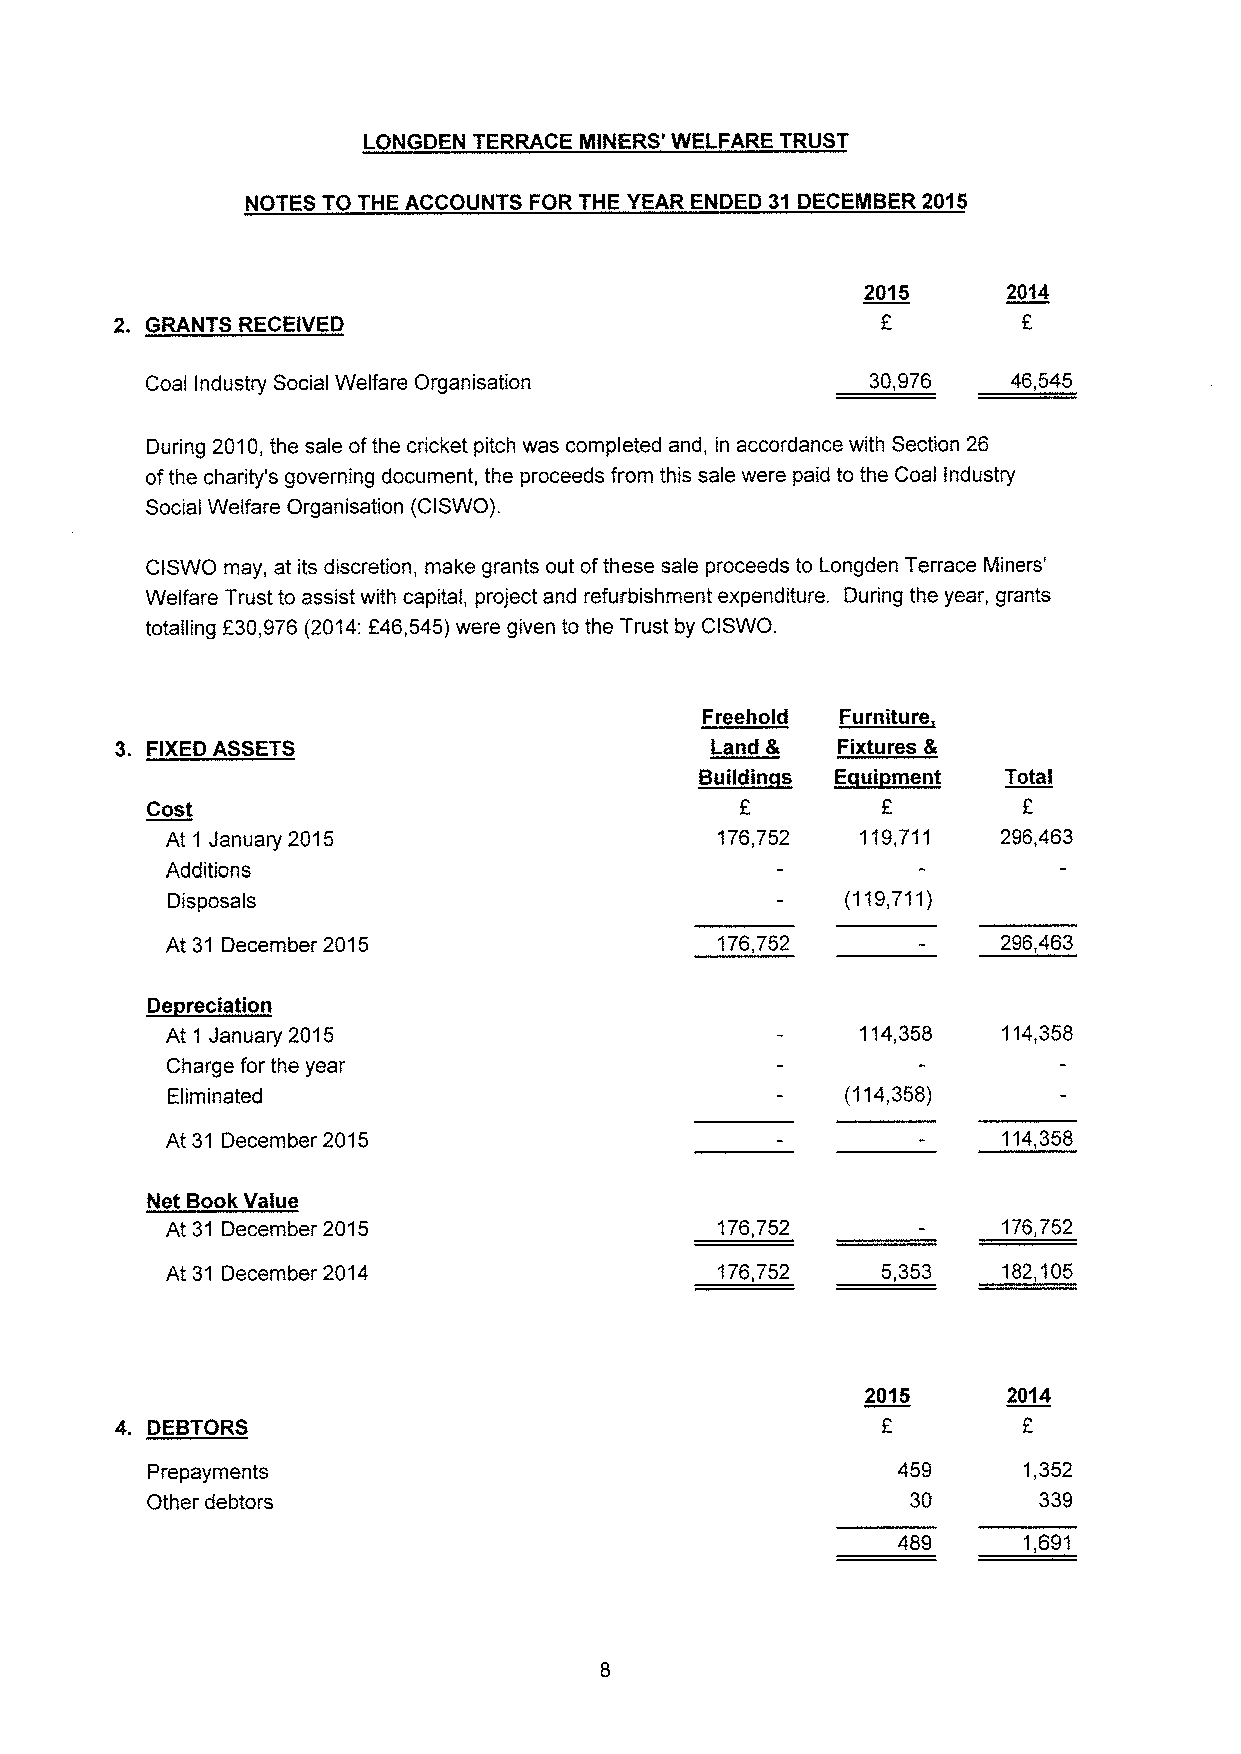
LONGDEN TERRACE IIINERS' WELFARE TRUST
 NOTES TO THE ACCOUNTS FOR THE YEAR ENDED 31 DECEMBER 2015
 2015      2014
 2. GRANTS RECEIVED
 Coal Industry Social Welfare Organisation       30,976   46,545
 During 2010,the sale ofthe cricket pitch was completed and, in accordance with Section 26
 ofthe charity's governing document, the proceeds from this sale were paid to the Coal industry
 Social Welfare Organisation (CISWO).
 CISWO may, at its discretion, make grants out ofthese sale proceeds to Longden Terrace Miners'
 Welfare Trust to assist with capital, project and refurbishment expenditure. During the year, grants
 totalling F30,976 (2014:F46,545)were given to the Trust by CISWO.
 Freehold  Furniture
 3. FIXEDASSETS                         Land 8  Fixtures &
 ~Buitdin e EttEui ment Total
 Cost
 At 1 January 2015                   176,752   119,711  296,463
 Additions
 Disposals                                    (119,711)
 At 31 December 2015                 176,752            296,463
 reciation
 ~De
 At 1 January 2015                             114,358  114,358
 Charge for the year
 Eliminated                                   (114,358)
 At 31 December 2015                                    114,358
 Net Book Value
 At 31 December 2015                 176,752            176,752
 At 31 December 2014                 176,752    5,353   182,105
 2015      2014
 4. DEBTORS                                                  F
 P repayments
 459      1,352
 Other debtors                                     30       339
 489      1,691